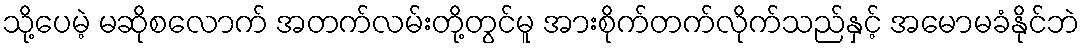
သို့ပေမဲ့ မဆိုစလောက် အတက်လမ်းတို့တွင်မူ အားစိုက်တက်လိုက်သည်နှင့် အမောမခံနိုင်ဘဲ